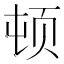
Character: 顿